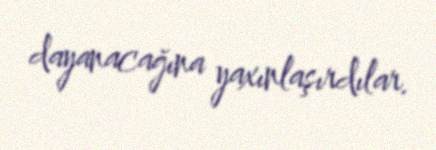
dayanacağına yaxınlaşırdılar.